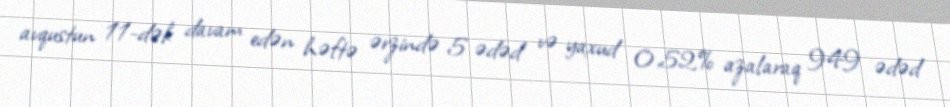
avqustun 11-dək davam edən həftə ərzində 5 ədəd və yaxud 0,52% azalaraq 949 ədəd